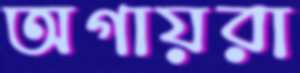
অগায়রা